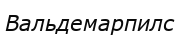
Вальдемарпилс